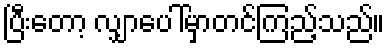
ပြီးတော့ လျှာပေါ်မှာတင်ကြည့်သည်။